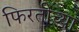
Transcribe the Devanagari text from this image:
फिरतीच्या